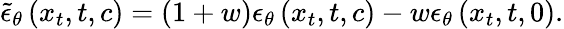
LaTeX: \begin{array}{r}{\tilde{\epsilon}_{\theta}\left(x_{t},t,c\right)=(1+w)\epsilon_{\theta}\left(x_{t},t,c\right)-w\epsilon_{\theta}\left(x_{t},t,0\right).}\end{array}